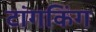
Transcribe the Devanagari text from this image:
टांगकिंग